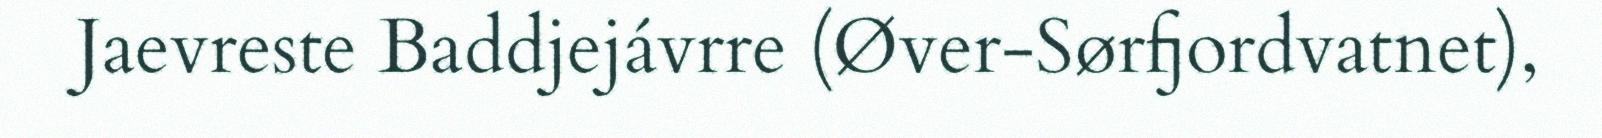
Jaevreste Baddjejávrre (Øver-Sørfjordvatnet),